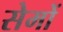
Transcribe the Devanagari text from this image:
सेमों